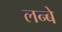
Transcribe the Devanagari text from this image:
लन्बे